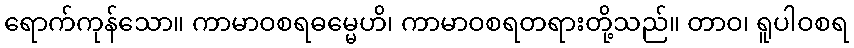
ရောက်ကုန်သော။ ကာမာဝစရဓမ္မေဟိ၊ ကာမာဝစရတရားတို့သည်။ တာဝ၊ ရူပါဝစရ